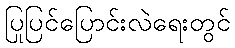
ပြုပြင်ပြောင်းလဲရေးတွင်